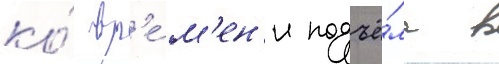
ко́ вр'е́м'ен'и подъё́ма в